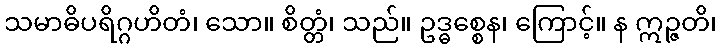
သမာဓိပရိဂ္ဂဟိတံ၊ သော။ စိတ္တံ၊ သည်။ ဥဒ္ဓစ္စေန၊ ကြောင့်။ န ဣဉ္ဇတိ၊